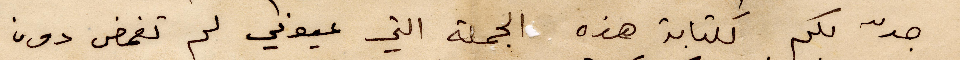
جدّ لكم لكتابة هذه الجملة التي عيوني لم تغمض دون